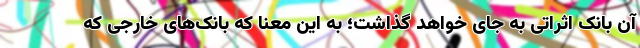
آن بانک اثراتی به جای خواهد گذاشت؛ به این معنا که بانک‌های خارجی که